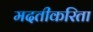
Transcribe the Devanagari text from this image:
मदतीकरिता